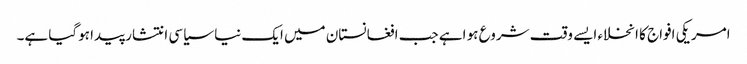
امریکی افواج کا انخلاء ایسے وقت شروع ہو اہے جب افغانستان میں ایک نیا سیاسی انتشار پیدا ہوگیا ہے۔